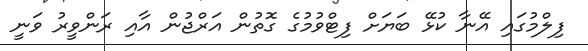
ފިލްމުގައި އޭނާ ކުޅޭ ބަޔަށް ފިޓްވުމުގެ ގޮތުން އަރްޖުން އާއި ރަންވީރު ވަނީ